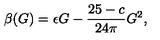
\beta ( G ) = \epsilon G - \frac { 2 5 - c } { 2 4 \pi } G ^ { 2 } ,